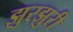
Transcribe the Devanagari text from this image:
झुरझुरी